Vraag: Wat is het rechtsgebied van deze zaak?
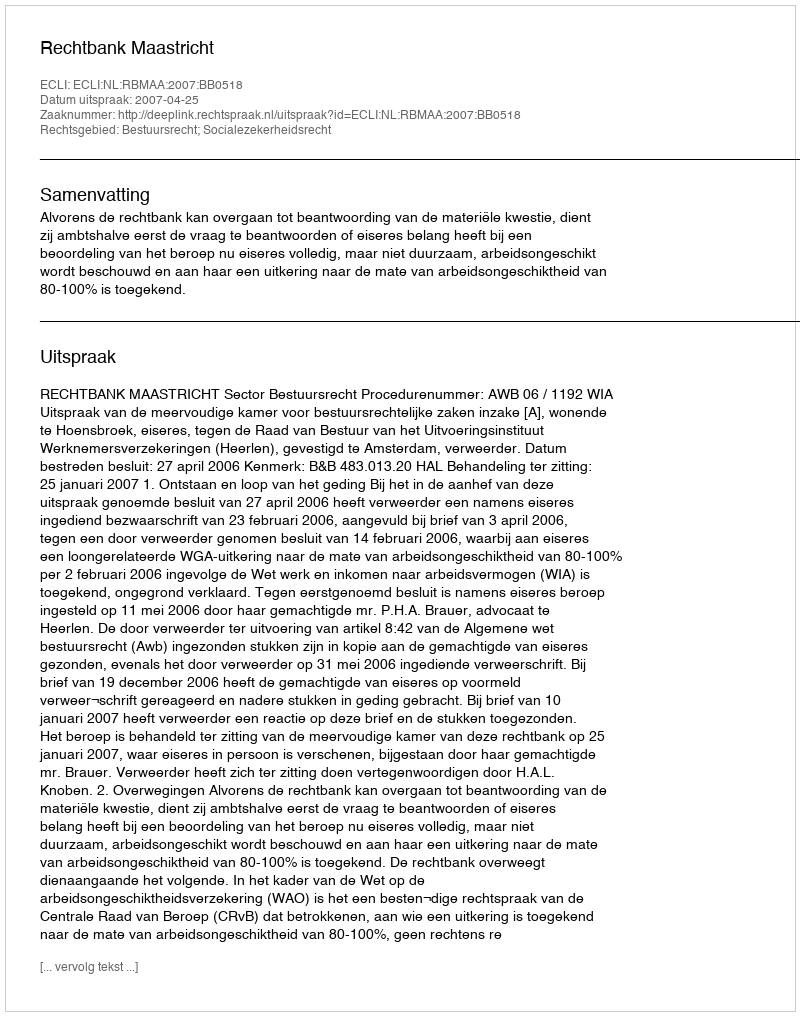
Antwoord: Bestuursrecht; Socialezekerheidsrecht